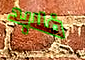
فلابد